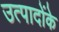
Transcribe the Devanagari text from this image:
उत्पादोंके